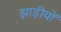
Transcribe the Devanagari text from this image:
झाड़ीयों